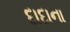
દાદાના